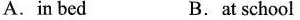
A. in bed B. at school